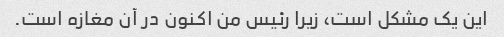
این یک مشکل است، زیرا رئیس من اکنون در آن مغازه است.